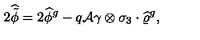
2 \widehat { \tilde { \phi } } = 2 \widehat { \phi } { } ^ { g } - q { \cal A } \gamma \otimes \sigma _ { 3 } \cdot \widehat { \varrho } { } ^ { g } ,